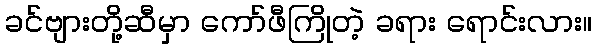
ခင်ဗျားတို့ဆီမှာ ကော်ဖီကြိုတဲ့ ခရား ရောင်းလား။